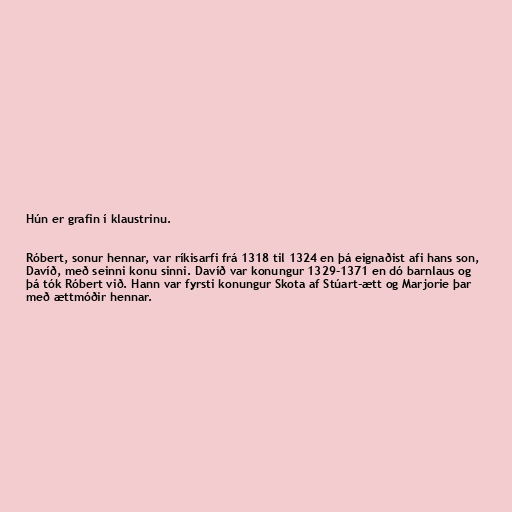
Hún er grafin í klaustrinu.

Róbert, sonur hennar, var ríkisarfi frá 1318 til 1324 en þá eignaðist afi hans son,
Davíð, með seinni konu sinni. Davíð var konungur 1329-1371 en dó barnlaus og
þá tók Róbert við. Hann var fyrsti konungur Skota af Stúart-ætt og Marjorie þar
með ættmóðir hennar.